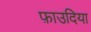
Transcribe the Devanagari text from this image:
फ़ाउदिया